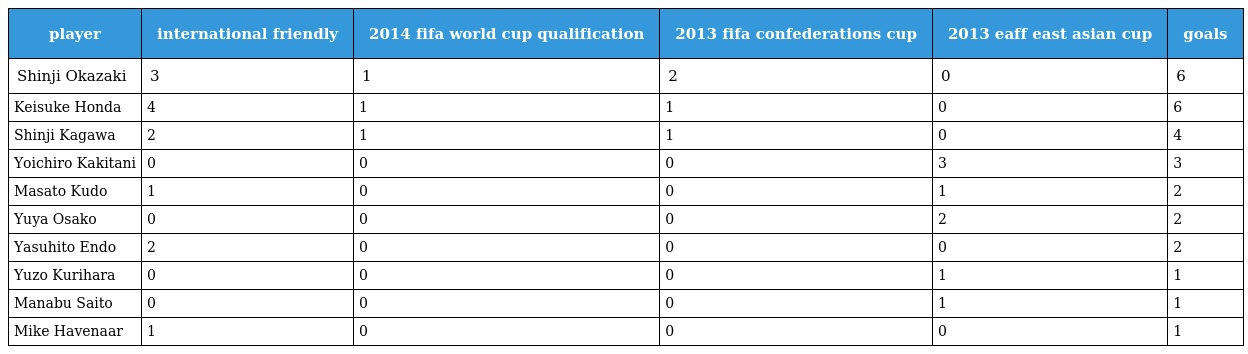
| player | international friendly | 2014 fifa world cup qualification | 2013 fifa confederations cup | 2013 eaff east asian cup | goals |
 | --- | --- | --- | --- | --- | --- |
 | Shinji Okazaki | 3 | 1 | 2 | 0 | 6 |
 | Keisuke Honda | 4 | 1 | 1 | 0 | 6 |
 | Shinji Kagawa | 2 | 1 | 1 | 0 | 4 |
 | Yoichiro Kakitani | 0 | 0 | 0 | 3 | 3 |
 | Masato Kudo | 1 | 0 | 0 | 1 | 2 |
 | Yuya Osako | 0 | 0 | 0 | 2 | 2 |
 | Yasuhito Endo | 2 | 0 | 0 | 0 | 2 |
 | Yuzo Kurihara | 0 | 0 | 0 | 1 | 1 |
 | Manabu Saito | 0 | 0 | 0 | 1 | 1 |
 | Mike Havenaar | 1 | 0 | 0 | 0 | 1 |